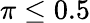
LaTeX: \pi\leq 0.5